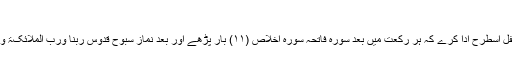
نوافل شبِ عاشورہ
(۱) ۲ رکعت نمازِ نفل اسطرح ادا کرے کہ ہر رکعت میں بعد سورہ فاتحہ سورہ اخلاص (۱۱) بار پڑھے اور بعد نماز سُبُّوْحٌ قُدُّوْسٌ رَبُّنَا وَرَبُّ الْمَلَائِکَۃِ وَالرُّوْحِتین بار پڑھے۔